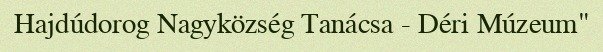
Hajdúdorog Nagyközség Tanácsa - Déri Múzeum"